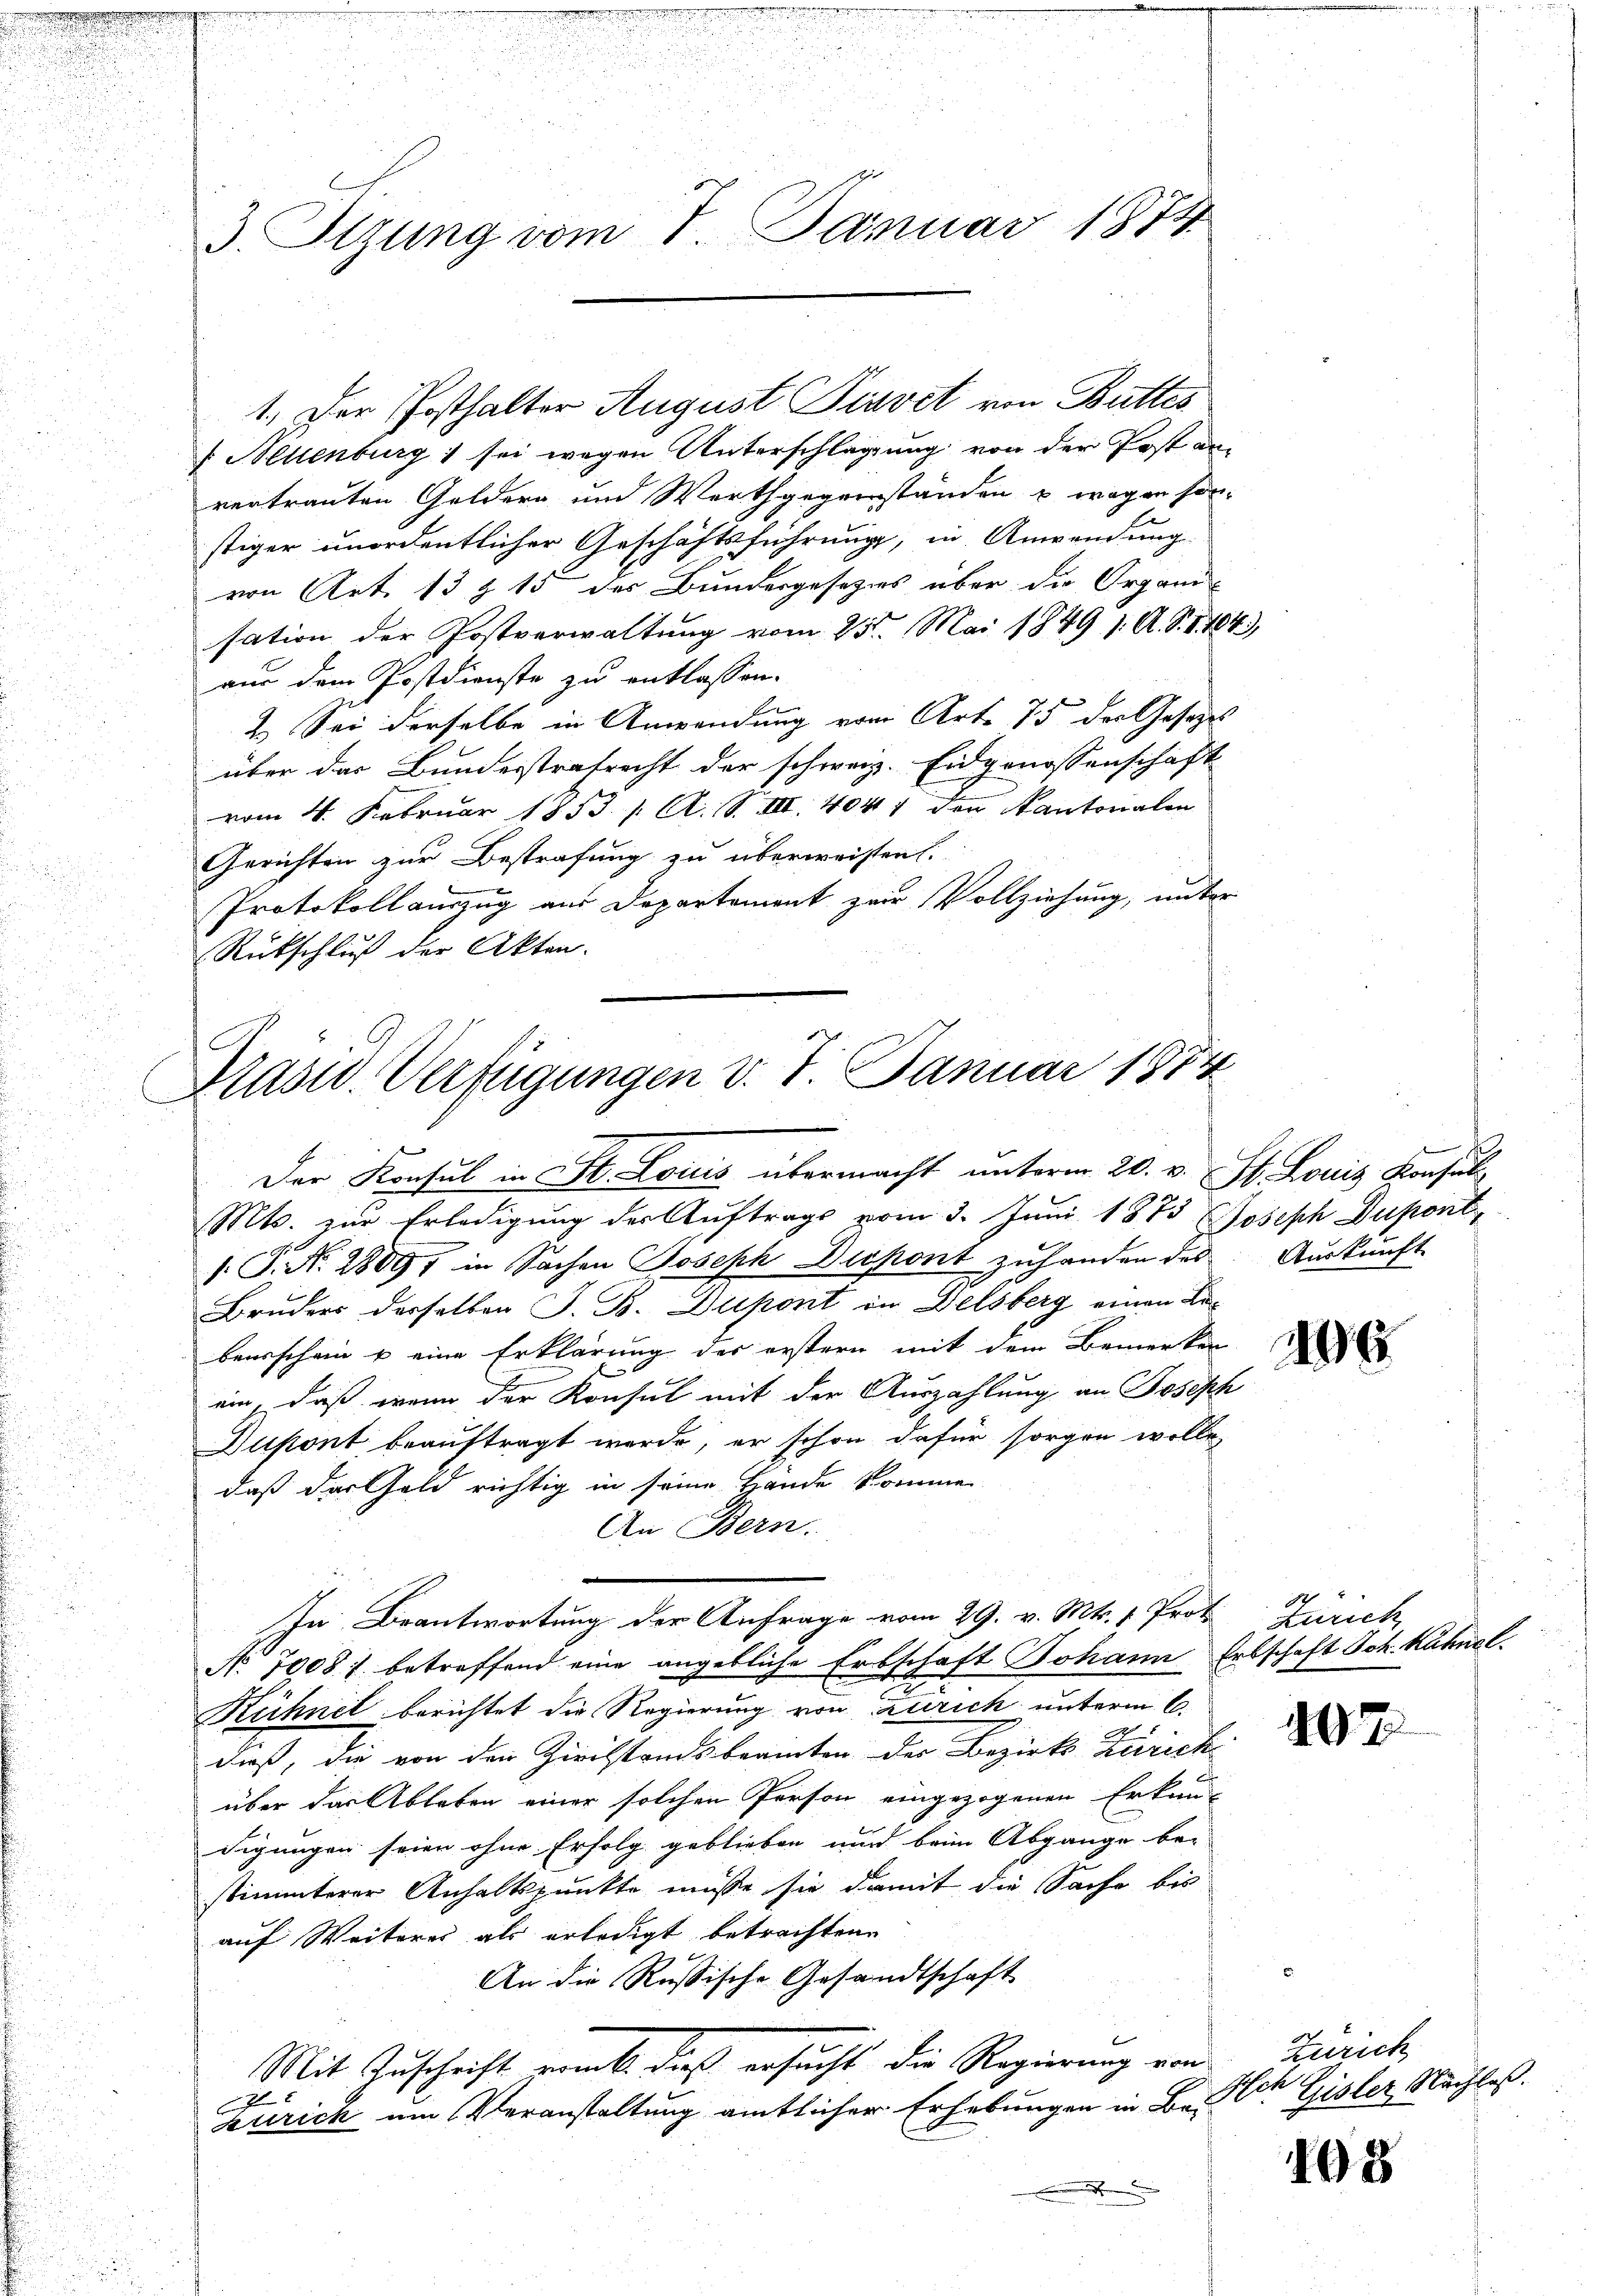
3. Ptzung vom 7. Januar 1874

1. Der Posthalter August Piavet von Buttes
 Neuenburg 1 sei wegen Unterschlagung von der Post anvertrauten Geldern und Werthgegenständen u. wegen sonstiger unordentlicher Geschäftsführung, in Anwendung
von Art. 13 § 15 des Bundesgesetzes über die Organis
sation der Postverwaltung vom 25. Mai 1849 1. A. S. 1184.)
aus dem Postdienste zu entlassen.
2. Sei derselbe in Anwendung vom Art. 75 der Gesetzes
über das Bundesstrafrecht der schweiz. Eidgenossenschaft
vom 4. Februar 1853. / A. S. III. 4041 der Kantonalen
Gerichten zur Bestrafung zu überweisten.
Protokoll auszug aus Departement zur Vollziehung, unter
Rütschluß der Akten.

Präsid. Verfügungen v. 7. Januar 1884
Der Konsul in St. Louis übermacht unterm 20. v. St. Louis Konsul¬

Mts. zur Erledigung der Auftrags vom 3. Juni 1873 Joseph Dupont
/. P. Nr. 28097 in Sachen Joseph Dupont zuhanden des Auskunft
Bruders derselben J. B. Dupont in Delsberg einen Dibewaschein u eine Erklärung der erstern mit dem Bemerken
ein, daß wenn der Konsul mit der Auszahlung an Joseph
Dupont beauftragt werde, er schon dafür sorgen wolle,
daß der Geld richtig in seine Hande kommen
An Bern.
N. 1008) betreffend eine angebliche Erbschaft Johann Erbschaft Joh. Kühnel
Rühner berichtet die Regierung von Zürich unterm 6.
dieß, die von den Zivilstandsbeamten der Bezirks Zürich
über das Ableben einer solchen Person eingezogenen Erkun-
digungen seien ohne Erfolg geblieben und beim Abgange be-
stimmterer Anhaltspunkte müsse sie damit die Sache bis
auf Weiterer als erledigt betrachten.
An die Russische Gesandtschaft
Mit Zuschrift rank, dieß ersucht die Regierung von Zürich
7
Zürich um Veranstaltung amtlicher Erhebungen in Beste Gisler, Nachlaß.
.

In Beantwortung der Anfrage vom 29. v. Mts. 1. Prot. Zürich

17

7

408